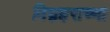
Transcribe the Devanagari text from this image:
विघ्नहराच्या